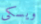
ويسكى